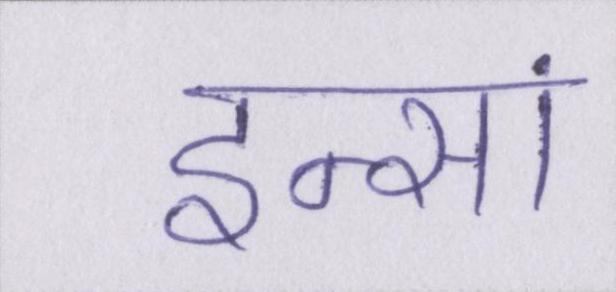
इन्सां